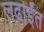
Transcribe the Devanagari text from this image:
लर्ढाईंत